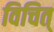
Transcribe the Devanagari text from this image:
विचित्